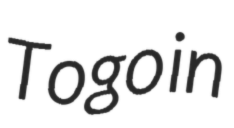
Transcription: Togo in